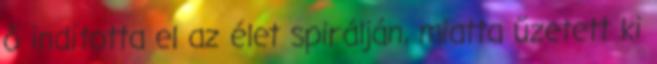
ő indította el az élet spirálján, miatta űzetett ki